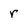
Character: r